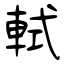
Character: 軾